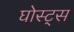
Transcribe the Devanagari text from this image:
घोस्ट्‌स